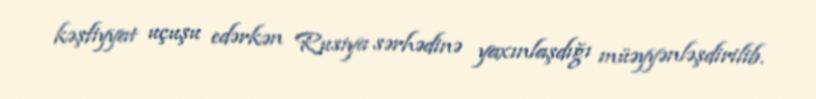
kəşfiyyat uçuşu edərkən Rusiya sərhədinə yaxınlaşdığı müəyyənləşdirilib.